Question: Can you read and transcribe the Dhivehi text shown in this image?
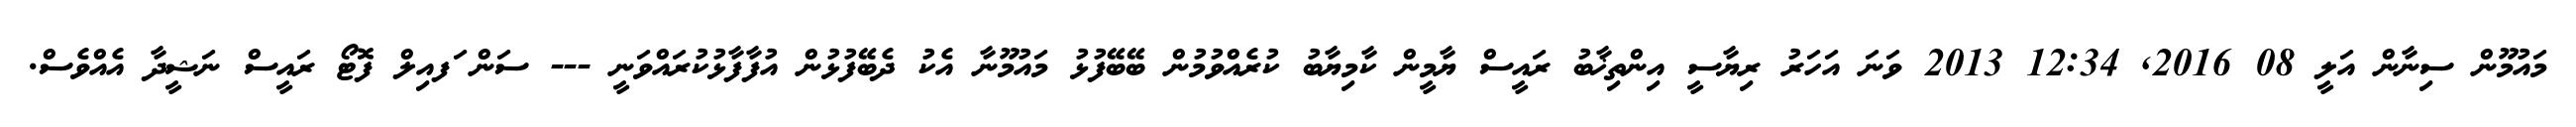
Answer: މައުމޫން ސިނާން އަލީ 08 2016, 12:34 2013 ވަނަ އަހަރު ރިޔާސީ އިންތިޚާބު ރައީސް ޔާމީން ކާމިޔާބު ކުރެއްވުމުން ބޭބޭފުޅު މައުމޫނާ އެކު ދެބޭފުޅުން އުފާފާޅުކުރައްވަނީ --- ސަން ަފއިލް ފޮޓޯ ރައީސް ނަޝީދާ އެއްވެސް.